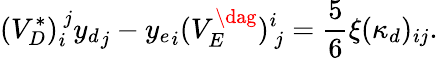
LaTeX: (V_{D}^{*})_{i}^{~j}{y_{d}}_{j}-{y_{e}}_{i}(V_{E}^{\dag})_{~j}^{i}=\frac{5}{6}\xi(\kappa_{d})_{ij}.